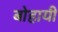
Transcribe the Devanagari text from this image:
बोहायी